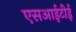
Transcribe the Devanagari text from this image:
एसआईटीई